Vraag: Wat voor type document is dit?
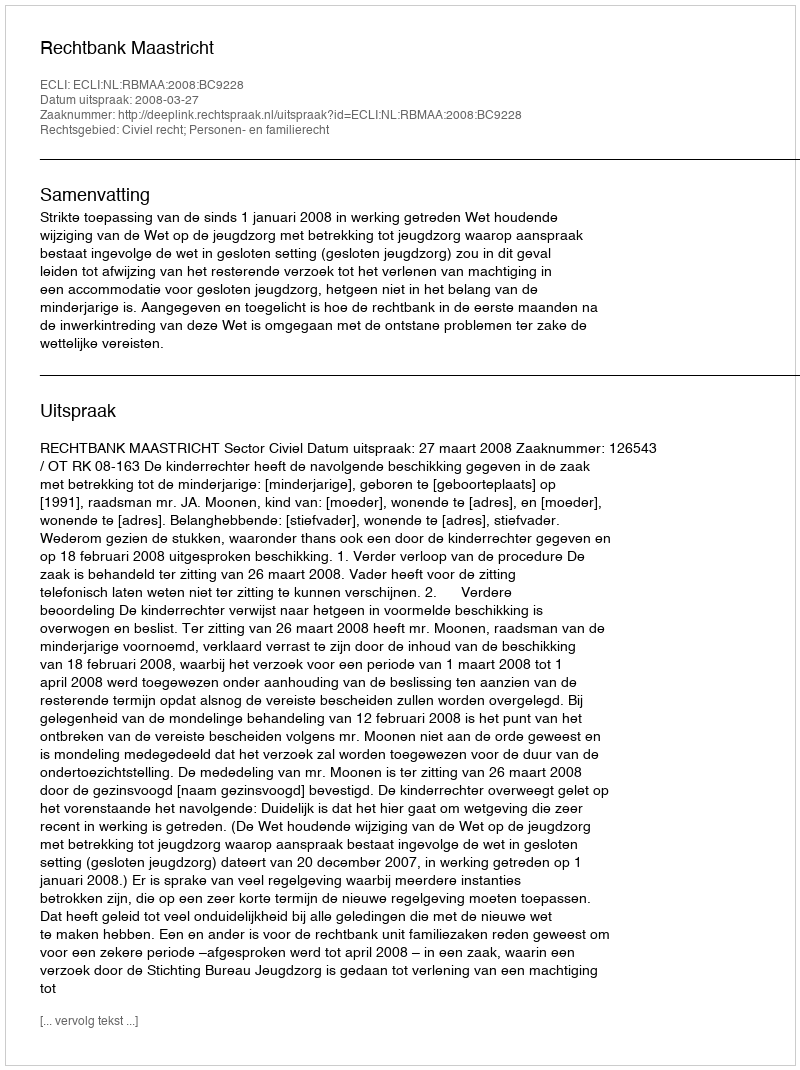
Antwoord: Uitspraak